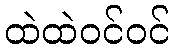
ထဲထဲဝင်ဝင်